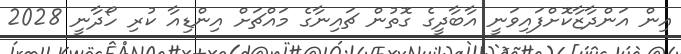
އިން އަންދާޒާކޮށްފައިވަނީ އާބާދީގެ ގޮތުން ޗައިނާގެ މައްޗަށް އިންޑިއާ ކުރި ހޯދާނީ 2028